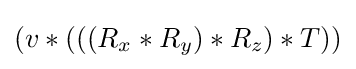
(v*(((R_{x}*R_{y})*R_{z})*T))